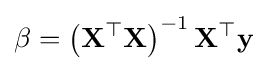
\mathbf {\beta } =\left(\mathbf {X} ^{\top }\mathbf {X} \right)^{-1}\mathbf {X} ^{\top }\mathbf {y}